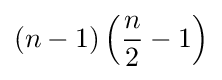
\left(n-1\right)\left({\frac {n}{2}}-1\right)